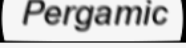
Pergamic